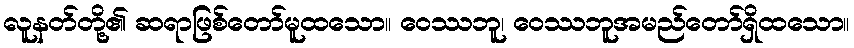
လူနတ်တို့၏ ဆရာဖြစ်တော်မူထသော။ ဝေဿဘူ၊ ဝေဿဘူအမည်တော်ရှိထသော။